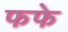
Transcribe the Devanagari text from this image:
फफे